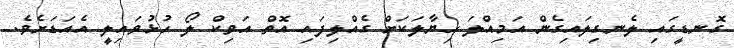
ގޮނޑީގައި ލެނގިލައިގެން އަމިއްލަ ހިޔާލަކަށް ގެއްލިފައި އޮތް އަވިކް ލޯ ހުޅުވައިލީ އެއަޑަށެވެ.